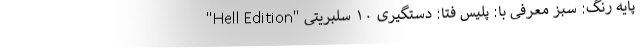
"Hell Edition" پایه رنگ: سبز معرفی با: پليس فتا: دستگیری ۱۰ سلبريتی